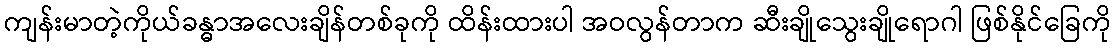
ကျန်းမာတဲ့ကိုယ်ခန္ဓာအလေးချိန်တစ်ခုကို ထိန်းထားပါ အဝလွန်တာက ဆီးချိုသွေးချိုရောဂါ ဖြစ်နိုင်ခြေကို